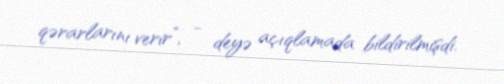
qərarlarını verir”, - deyə açıqlamada bildirilmişdi.